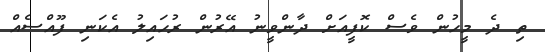
ތި ދެ މީހުން ވެސް ކޮފީއަށް ދާންވީނު އޭރުން ރުހައިލު އެކަނި ފޫއްސެއް